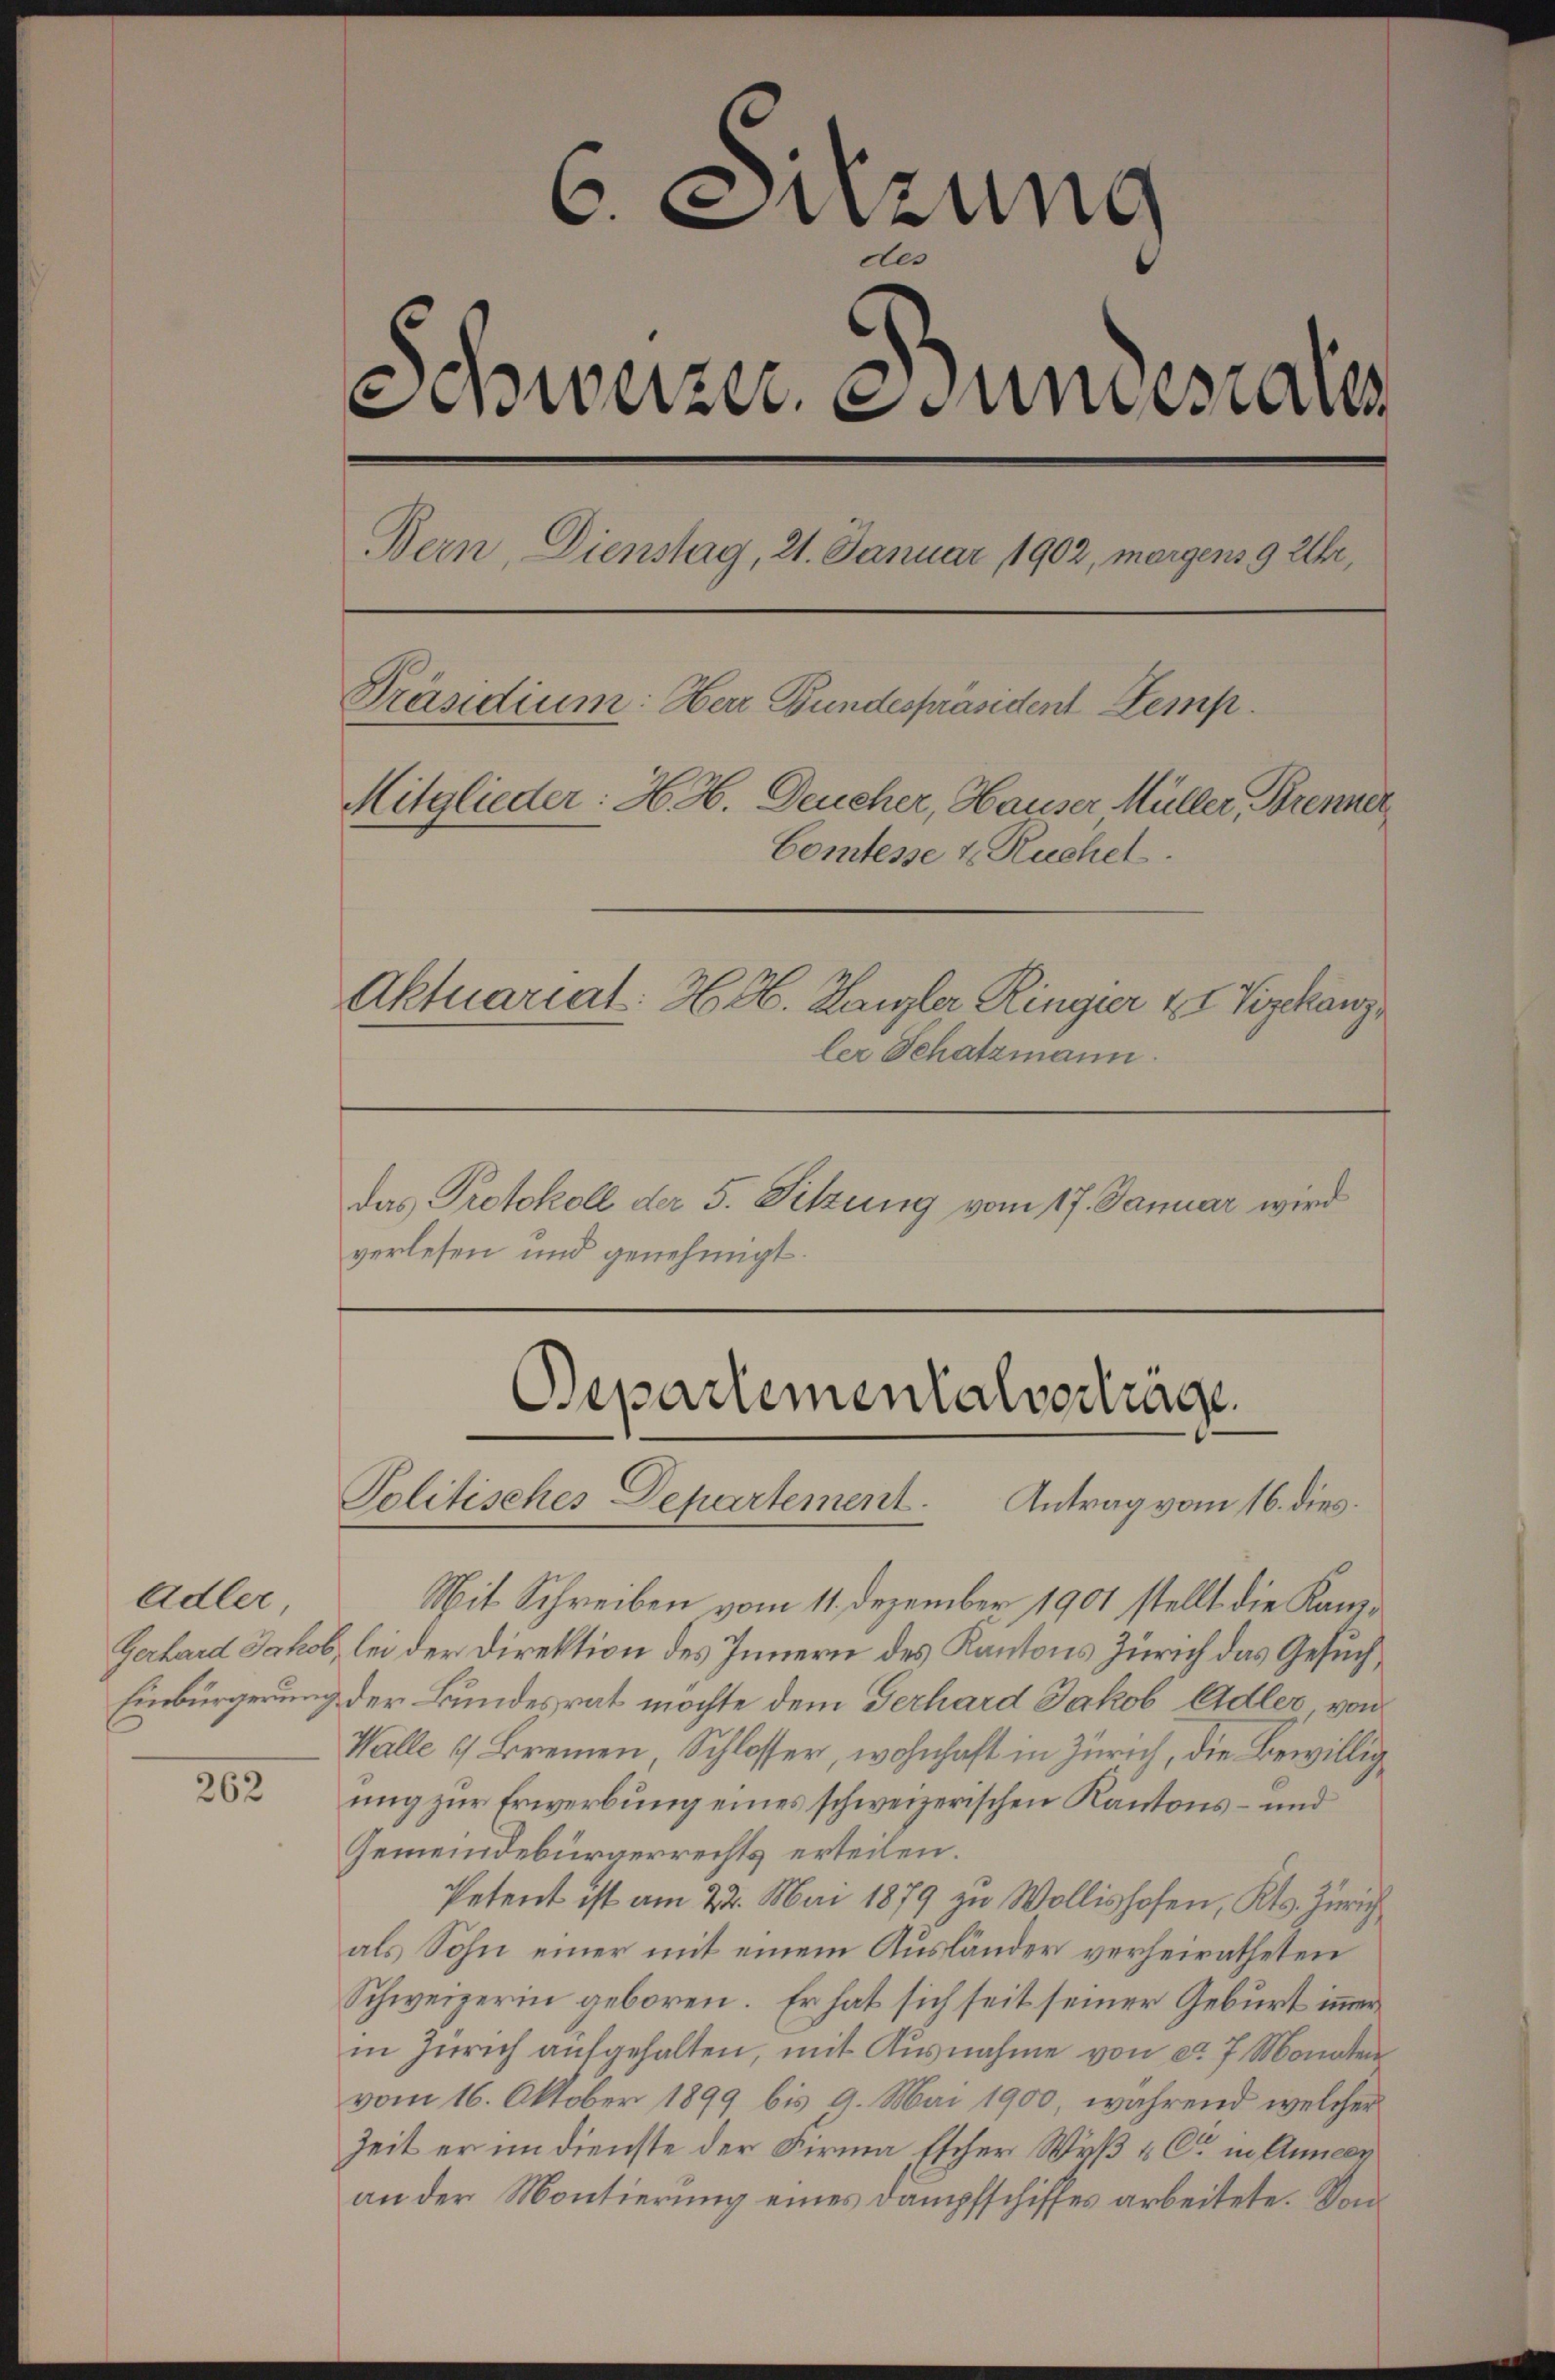
Adler

262

6. Sitzung
Al
einweizer, Stundesa
Bern, Dienstag, 21. Januar 1902, morgens 9 Uhr,
Präsidium: Herr Bundespräsident Stemp
Mitglieder: H. H. Deucher, Hauser Müller, Brenner
Comtesse u. Ruchel.
Aktuariat. H. H. Kanzler Ringier 18 Vizekanz
ler Schatzmann.
das Protokoll der 5. Sitzung vom 17. Januar wird
verlesen und genehmigt.

Departementalvertrage
Politisches Departement. Antrag vom 16. dies

Mit Schreiben vom 11. Dezember 1901 stellt die Kanz¬
Gerhard Jakob, bei der Direktion des Innern des Kantons Zürich das Gesuch¬
Einbürgerung der Bundesrat möchte dem Verhard Jakob Adler von
Walle u Brennen, Schlosser, wohnhaft in Zürich, die Bewillig
ung zur Erwerbung eines schweizerischen Kantons – und
Gemeindebürgerrechts erteilen.
Petent ist am 22. Mai 1879 zu Wollishofen, Kts. Zürich
als Sohn einer mit einem Ausländer verheiratheten
Schweizerin geboren. Er hat sich seit seiner Geburt immer
in Zürich aufgehalten, mit Ausnahme von ca 7 Monaten
vom 16. Oktober 1899 bis 9. Mai 1900, während welcher
Zeit er im Dienste der Firma Escher Wyß & Cie in Anneer
an der Montierung eines Dampfschiffes arbeitete. Von